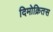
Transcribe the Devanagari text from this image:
दिमोक्रितस